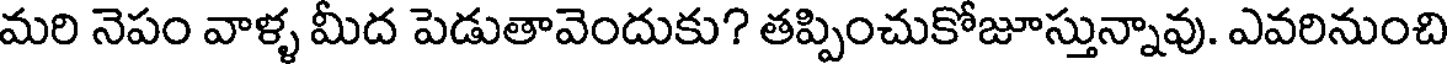
మరి నెపం వాళ్ళ మీద పెడుతావెందుకు? తప్పించుకోజూస్తున్నావు. ఎవరినుంచి